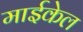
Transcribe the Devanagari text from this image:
माईकेल